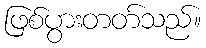
ဖြစ်ပွားတတ်သည်။